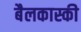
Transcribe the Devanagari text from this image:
बैलकास्की